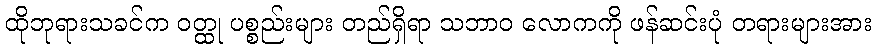
ထိုဘုရားသခင်က ဝတ္ထု ပစ္စည်းများ တည်ရှိရာ သဘာဝ လောကကို ဖန်ဆင်းပုံ တရားများအား